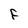
Character: F